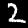
Label: 2